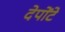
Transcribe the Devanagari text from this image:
देपोंटे